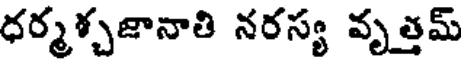
ధర్మశ్చజానాతి నరస్య వృత్తమ్